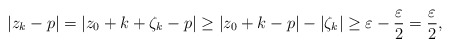
\begin{align*}|z_k - p| = |z_0 + k + \zeta_k - p| \geq |z_0 + k - p| - |\zeta_k| \geq \varepsilon - \frac{\varepsilon}{2} = \frac{\varepsilon}{2},\end{align*}